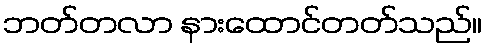
ဘတ်တလာ နားထောင်တတ်သည်။